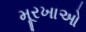
મૂરખાઓ